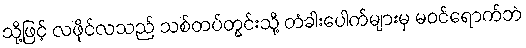
သို့ဖြင့် လဖိုင်လသည် သစ်တပ်တွင်းသို့ တံခါးပေါက်များမှ မဝင်ရောက်ဘဲ